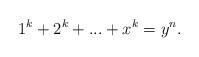
LaTeX: \begin{align*}1^{k}+2^{k}+...+x^{k}=y^{n}.\end{align*}